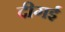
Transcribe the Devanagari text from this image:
दीगई